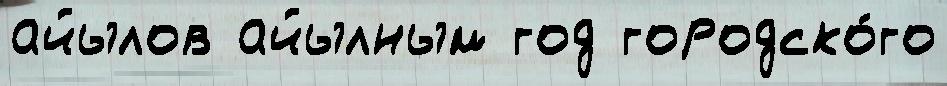
айылов айылным год городско́го